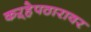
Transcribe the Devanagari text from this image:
कऱ्हेपठारावर